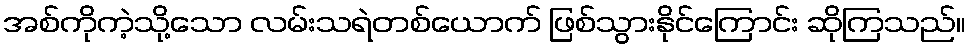
အစ်ကိုကဲ့သို့သော လမ်းသရဲတစ်ယောက် ဖြစ်သွားနိုင်ကြောင်း ဆိုကြသည်။